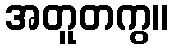
အတူတကွ။